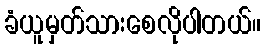
ခံယူမှတ်သားစေလိုပါတယ်။